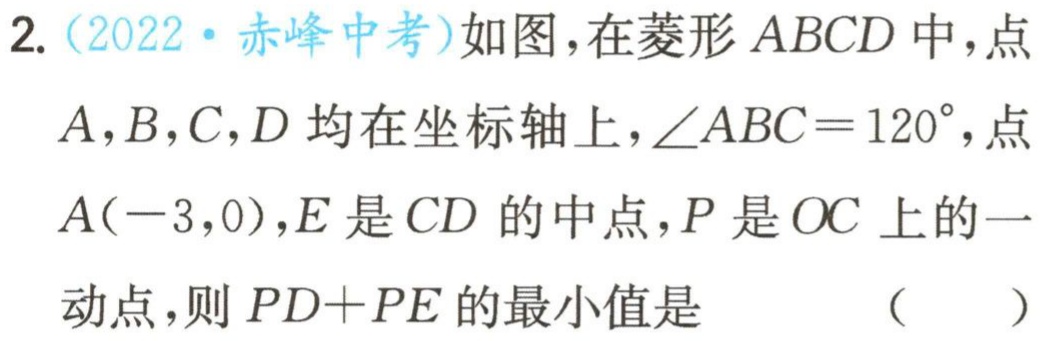
2.（2022·赤峰中考）如图，在菱形 \(ABCD\) 中，点

\(A,B,C,D\) 均在坐标轴上，\(\angle ABC = 120^{\circ}\)，点

\(A(-3,0)\)，\(E\) 是 \(CD\) 的中点，\(P\) 是 \(OC\) 上的一

动点，则 \(PD + PE\) 的最小值是 （  ）